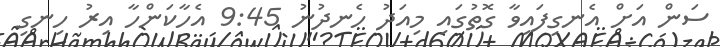
ސަން އަށް އެނގިފައިވާ ގޮތުގައި މިއަދު ހެނދުނު 9:45 އެހާކަންހާ އިރު ހިނގި